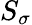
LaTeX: S_{\sigma}